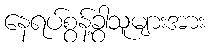
နေရပ်စွန့်ခွာသူများအား